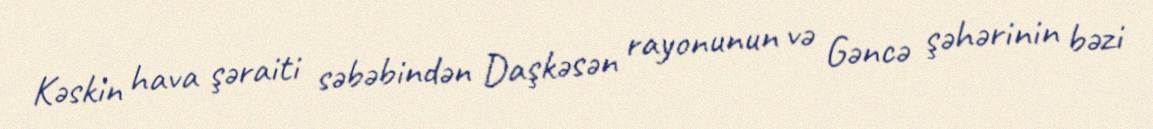
Kəskin hava şəraiti səbəbindən Daşkəsən rayonunun və Gəncə şəhərinin bəzi